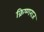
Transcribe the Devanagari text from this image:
क्रिष्णराज